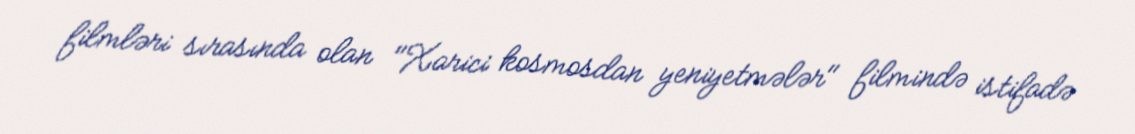
filmləri sırasında olan "Xarici kosmosdan yeniyetmələr" filmində istifadə